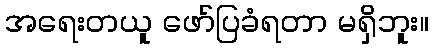
အရေးတယူ ဖော်ပြခံရတာ မရှိဘူး။